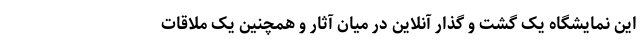
این نمایشگاه یک گشت و گذار آنلاین در میان آثار و همچنین یک ملاقاتِ